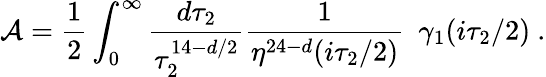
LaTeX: {\cal A}={\frac{1}{2}}\int_{0}^{\infty}{\frac{d\tau_{2}}{\tau_{2}^{14-d/2}}}{\frac{1}{\eta^{24-d}(i\tau_{2}/2)}}~~\gamma_{1}(i\tau_{2}/2)\ .